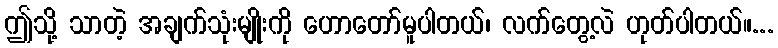
ဤသို့ သာတဲ့ အချက်သုံးမျိုးကို ဟောတော်မူပါတယ်၊ လက်တွေ့လဲ ဟုတ်ပါတယ်။...